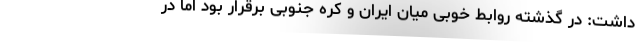
داشت: در گذشته روابط خوبی میان ایران و کره جنوبی برقرار بود اما در